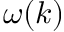
\omega ( k )